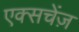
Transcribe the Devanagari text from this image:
एक्सचेंज़